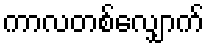
ကာလတစ်လျှောက်